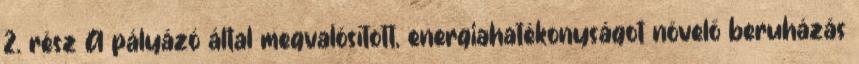
2. rész A pályázó által megvalósított, energiahatékonyságot növelő beruházás